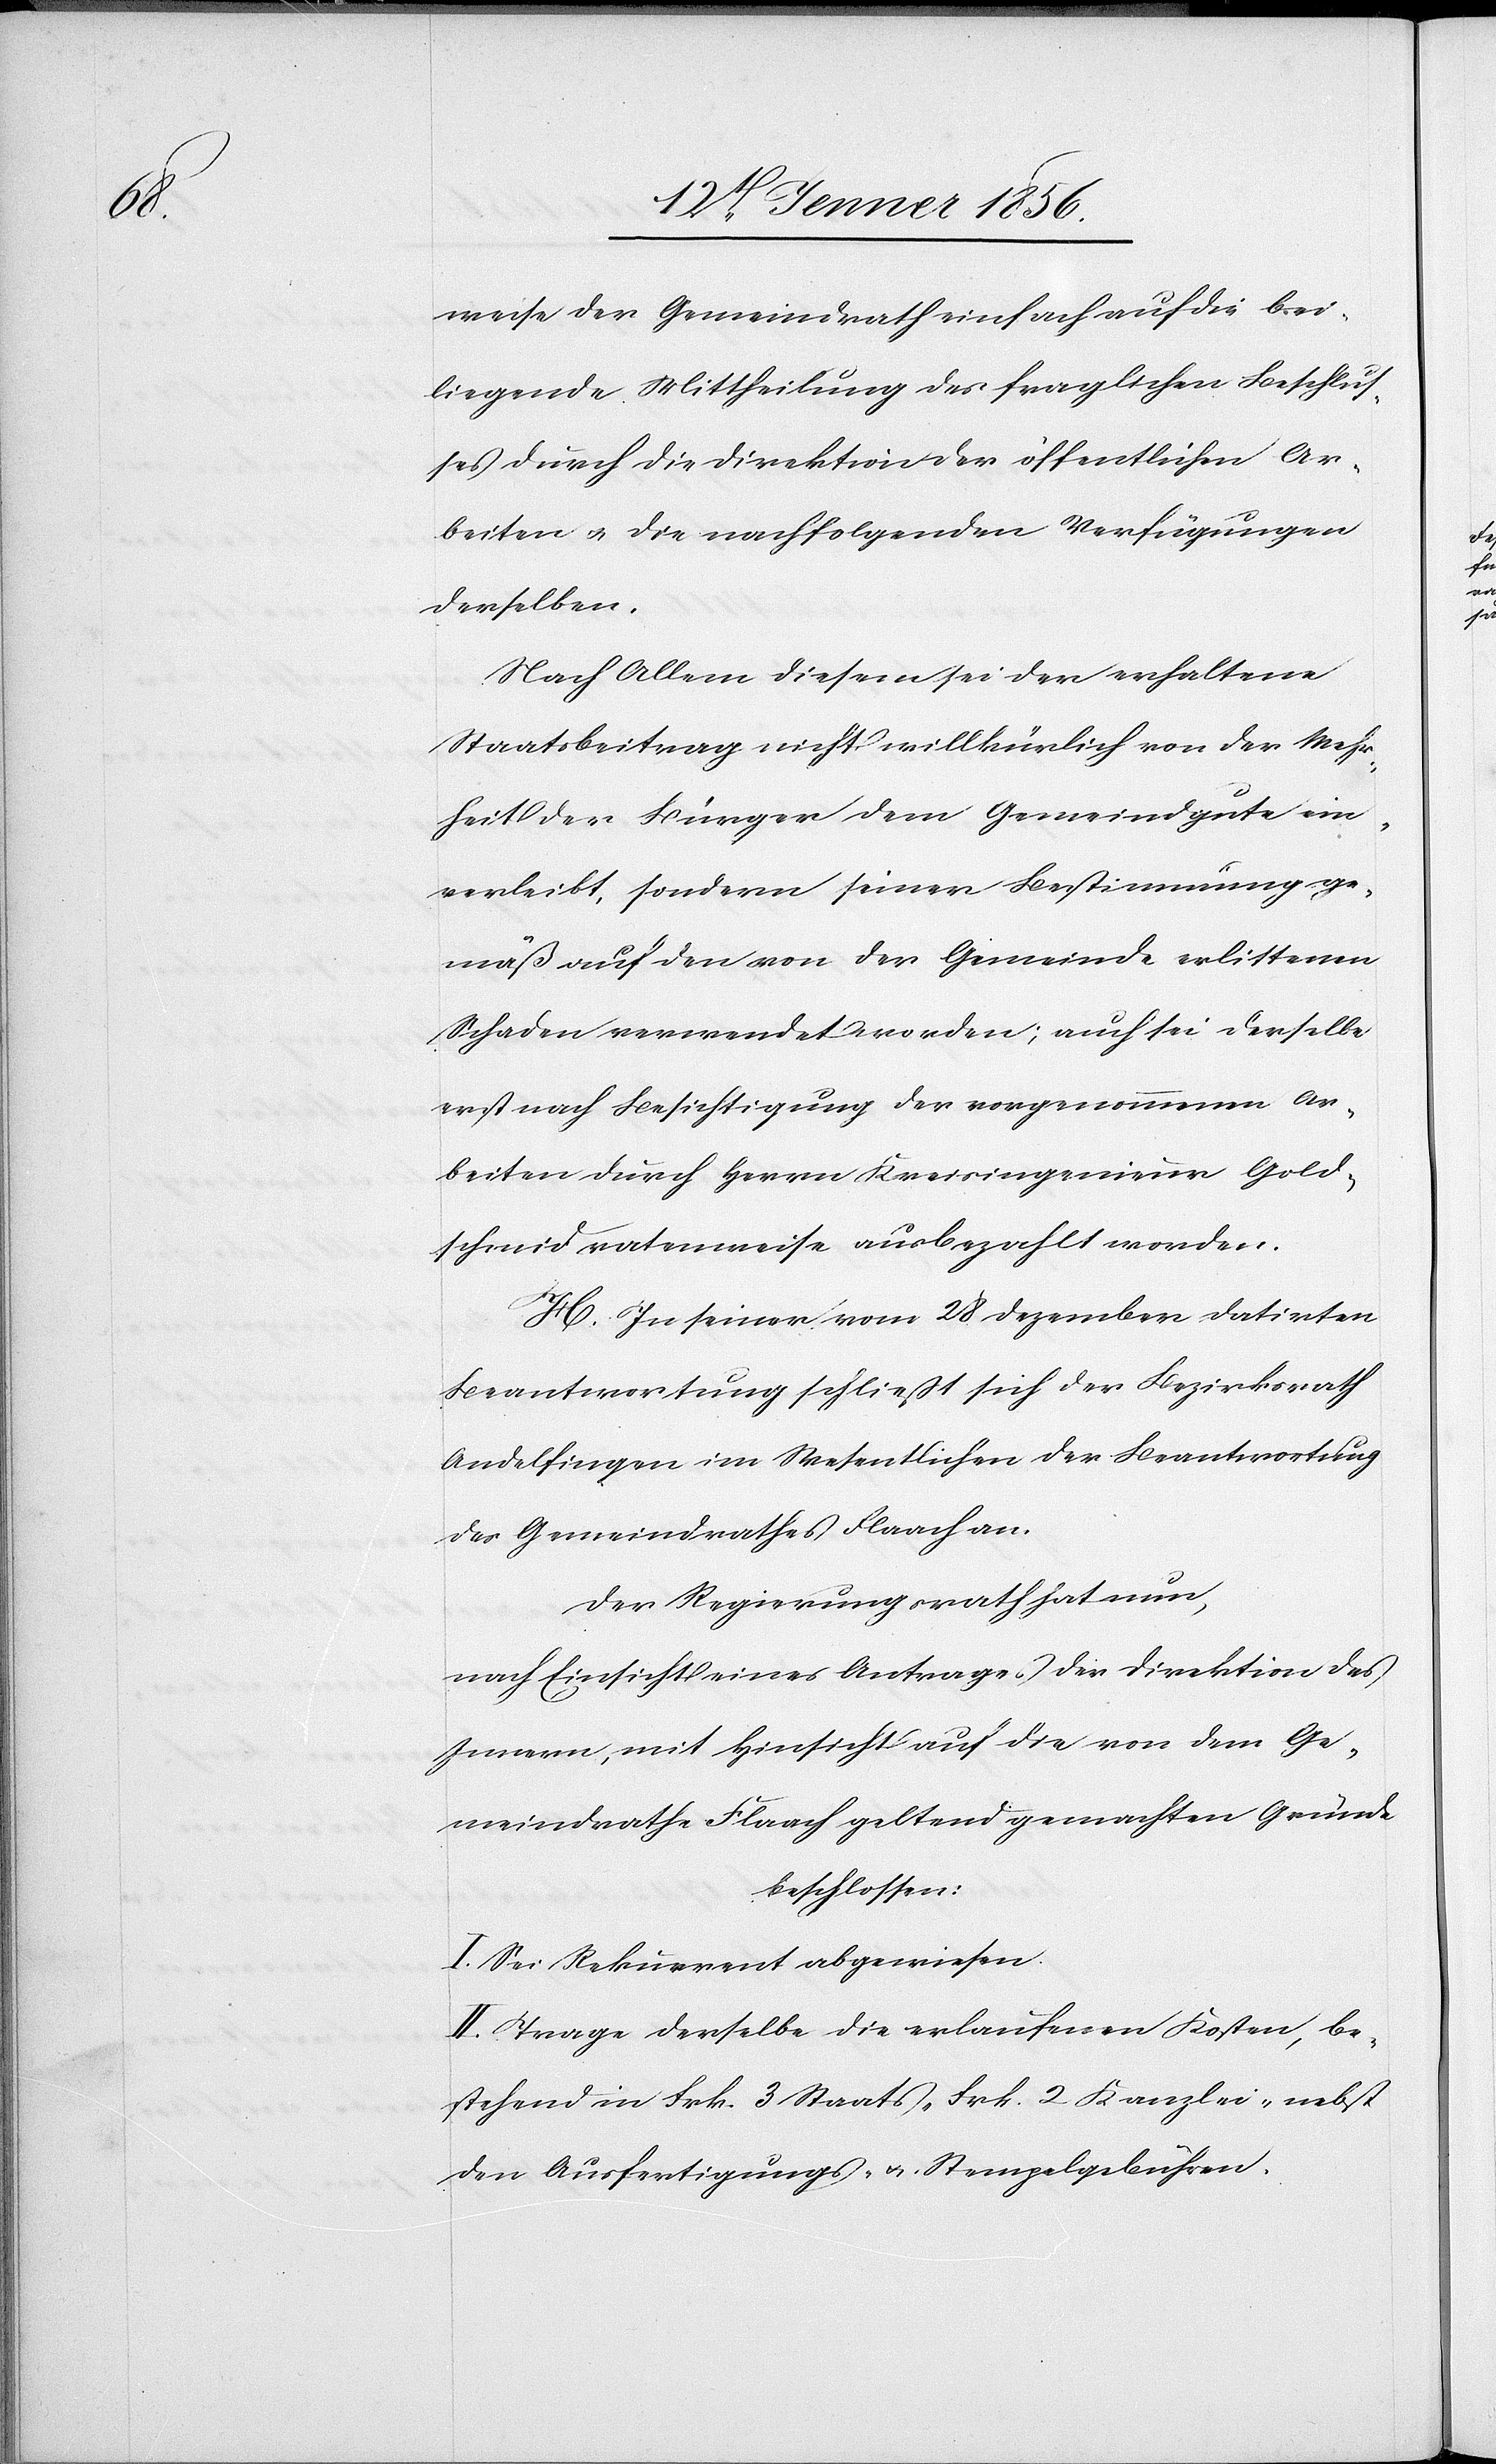
weise der Gemeindrath einfach auf die bei¬
liegende Mittheilung des fraglichen Beschlus¬
ses durch die Direktion der öffentlichen Ar¬
beiten u. die nachfolgenden Verfügungen
derselben.
Nach Allem diesem sei der erhaltene
Staatsbeitrag nicht willkürlich von der Mehr¬
heit der Bürger dem Gemeindgute ein¬
verleibt, sondern seiner Bestimmung ge¬
mäß auf den von der Gemeinde erlittenen
Schaden verwendet worden; auch sei derselbe
erst nach Besichtigung der vorgenommenen Ar¬
beiten durch Herrn Kreisingenieur Gold¬
schmid ratenweise ausbezahlt worden.
H. In seiner vom 28 Dezember datirten
Beantwortung schließt sich der Bezirksrath
Andelfingen im Wesentlichen der Beantwortung
des Gemeindrathes Flaach an.
Der Regierungsrath hat nun,
nach Einsicht eines Antrages der Direktion des
Innern, mit Hinsicht auf die von dem Ge¬
meindrathe Flaach geltend gemachten Gründe
beschlossen:
I. Sei Rekurrent abgewiesen.
II. Trage derselbe die erlaufenen Kosten, be¬
stehend in Frk. 3 Staats- [,] Frk. 2 Kanzlei- [,] nebst
den Ausfertigungs- u. Stempelgebühren.